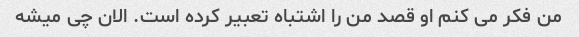
من فکر می کنم او قصد من را اشتباه تعبیر کرده است. الان چی میشه